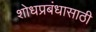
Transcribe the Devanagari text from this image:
शोधप्रबंधासाठी